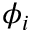
\phi _ { i }